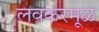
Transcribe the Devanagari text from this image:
लवकरमूळ